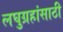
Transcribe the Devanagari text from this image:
लघुग्रहांसाठी